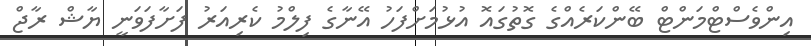
އިންވެސްޓްމަންޓް ބޭންކަރެއްގެ ގޮތުގައޮ އުޅުމަށްފަހު އޭނާގެ ފިލްމު ކެރިއަރު ފަށާފަވަނީ ޔާޝް ރާޖް